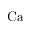
\mathrm { C a }